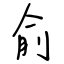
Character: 俞